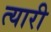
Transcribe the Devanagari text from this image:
त्यारी